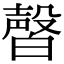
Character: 㿦